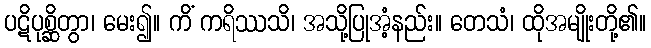
ပဋိပုစ္ဆိတွာ၊ မေး၍။ ကိံ ကရိဿသိ၊ အသို့ပြုအံ့နည်း။ တေသံ၊ ထိုအမျိုးတို့၏။